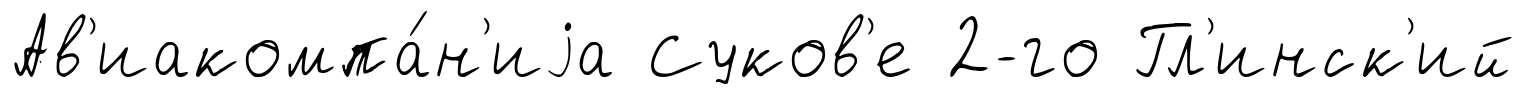
Ав'иакомпа́н'иjа Суков'е 2-го Гл'инск'ий